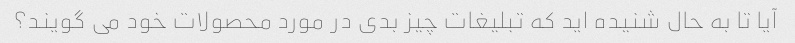
آیا تا به حال شنیده اید که تبلیغات چیز بدی در مورد محصولات خود می گویند؟